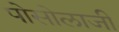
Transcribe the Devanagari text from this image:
पोसोलाजी